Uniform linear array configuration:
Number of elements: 24
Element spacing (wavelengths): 0.25
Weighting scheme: binomial
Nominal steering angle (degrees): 45
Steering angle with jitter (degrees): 44.992
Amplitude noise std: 0.05
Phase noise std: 0.05

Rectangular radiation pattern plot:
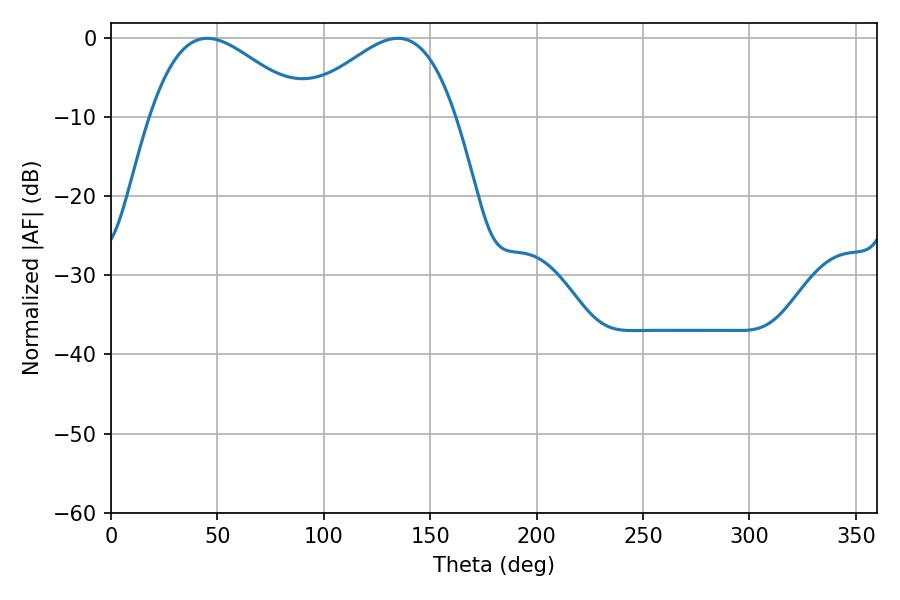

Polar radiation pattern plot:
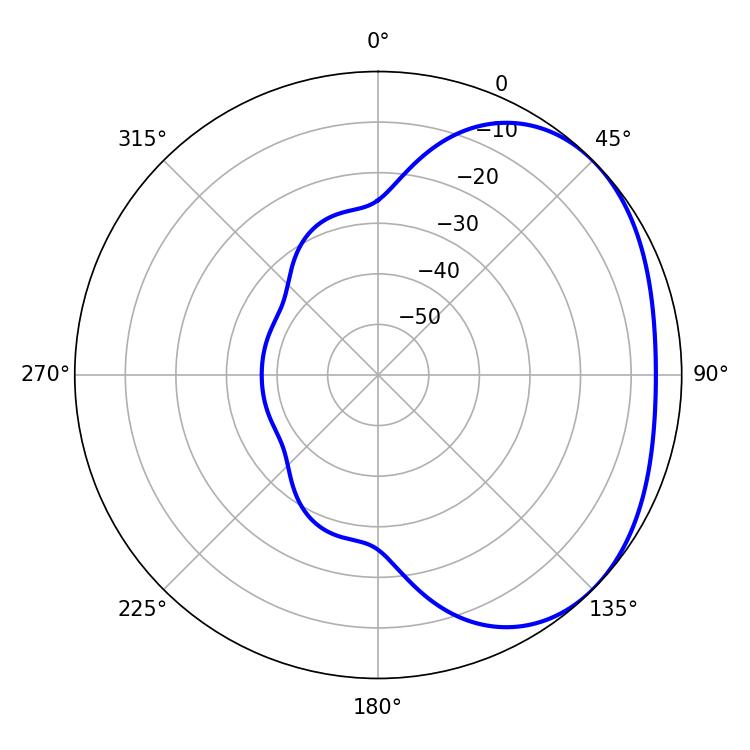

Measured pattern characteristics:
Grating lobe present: FALSE
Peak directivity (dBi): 2.511
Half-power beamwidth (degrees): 39.42
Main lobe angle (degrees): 45.18